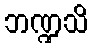
ဘဏ္ဍသိ